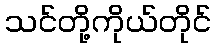
သင်တို့ကိုယ်တိုင်